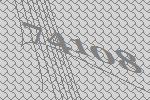
74108